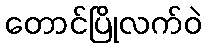
တောင်ပြိုလက်ဝဲ